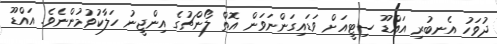
ދުވަހު އެނބުރި އައްޑޫ ސިޓީއަށް ވަޑައިގަންނަވަން އޮތް ލޯންޗުގެ އިންޖީނު ހަލާކުވުމުންނެވެ. އައްޑޫ